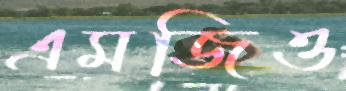
এমজিও